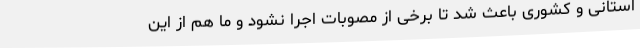
استانی و کشوری باعث شد تا برخی از مصوبات اجرا نشود و ما هم از این